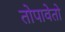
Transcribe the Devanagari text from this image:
तोपावेतो